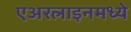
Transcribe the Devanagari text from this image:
एअरलाइनमध्ये